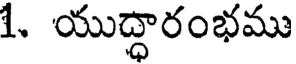
1. యుద్ధారంభము